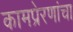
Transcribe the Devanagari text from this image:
कामप्रेरणांचा